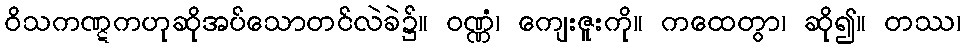
ဝိသကဏ္ဋကဟုဆိုအပ်သောတင်လဲခဲ၌။ ဝဏ္ဏံ၊ ကျေးဇူးကို။ ကထေတွာ၊ ဆို၍။ တဿ၊